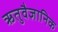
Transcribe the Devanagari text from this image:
ऋतुवैज्ञानिक